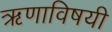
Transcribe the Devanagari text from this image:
ऋणाविषयी